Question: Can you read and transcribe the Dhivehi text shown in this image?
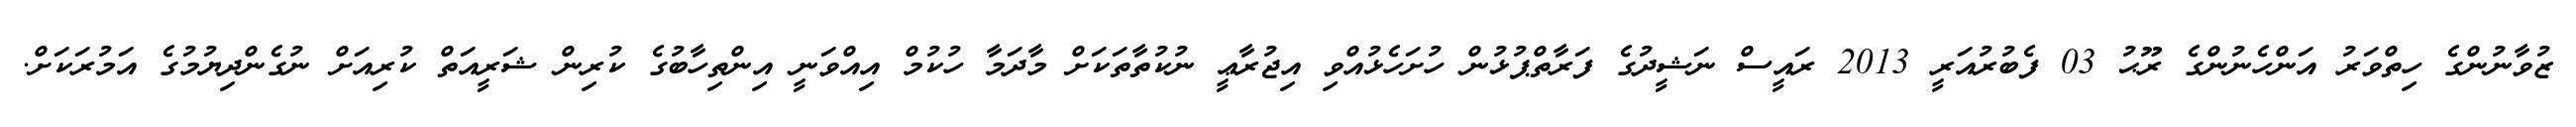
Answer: ޒުވާނުންގެ ހިތްވަރު އަންހެނުންގެ ރޫޙު 03 ފެބުރުއަރީ 2013 ރައީސް ނަޝީދުގެ ފަރާތްޕުޅުން ހުށަހެޅުއްވި އިޖުރާޢީ ނުކުތާތަކަށް މާދަމާ ހުކުމް އިއްވަނީ އިންތިހާބުގެ ކުރިން ޝަރީއަތް ކުރިއަށް ނުގެންދިޔުމުގެ އަމުރަކަށް.